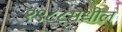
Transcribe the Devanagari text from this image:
१९८८मधील